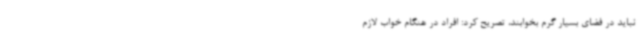
نباید در فضای بسیار گرم بخوابند، تصریح کرد: افراد در هنگام خواب لازم